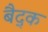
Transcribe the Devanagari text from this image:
बैद्क